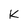
Character: K